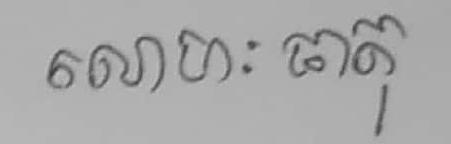
លោហៈធាតុ